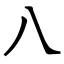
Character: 八